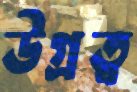
উগ্রত্ব